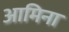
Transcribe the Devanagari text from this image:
आमिना